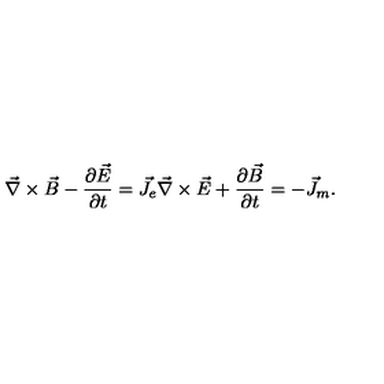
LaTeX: \vec { \nabla } \times \vec { B } - { \frac { \partial \vec { E } } { \partial t } } = \vec { J } _ { e } \vec { \nabla } \times \vec { E } + { \frac { \partial \vec { B } } { \partial t } } = - \vec { J } _ { m } .